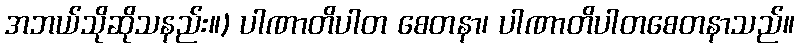
အဘယ်သိုဆိုသနည်း။) ပါဏာတိပါတ စေတနာ၊ ပါဏာတိပါတစေတနာသည်။